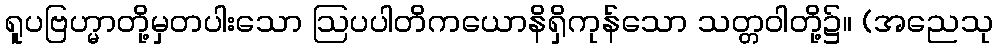
ရူပဗြဟ္မာတို့မှတပါးသော ဩပပါတိကယောနိရှိကုန်သော သတ္တဝါတို့၌။ (အညေသု